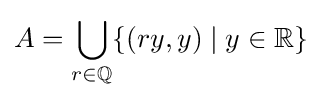
A=\bigcup _{r\in \mathbb {Q} }\{(ry,y)\mid y\in \mathbb {R} \}